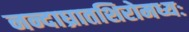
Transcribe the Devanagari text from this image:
नन्दाघ्रातशिरोमध्यः